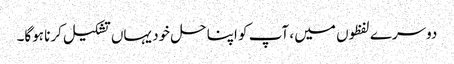
دوسرے لفظوں میں ، آپ کو اپنا حل خود یہاں تشکیل کرنا ہوگا۔